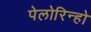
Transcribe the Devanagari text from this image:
पेलोरिन्हो